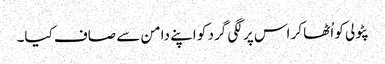
پٹولی کو اُٹھا کر اس پر لگی گرد کو اپنے دامن سے صاف کیا۔